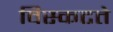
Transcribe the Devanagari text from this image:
विस्कटते